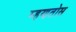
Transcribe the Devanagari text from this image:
म्हणतोस